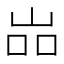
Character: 𱛢